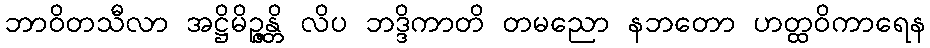
ဘာဝိတသီလာ အဋ္ဌိမိဉ္ဇန္တိ လိပ ဘဒ္ဒိကာတိ တမညော နဘတော ဟတ္ထဝိကာရေန